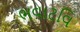
ભવાટવિ